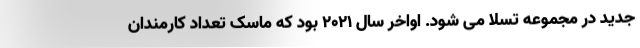
جدید در مجموعه تسلا می شود. اواخر سال 2021 بود که ماسک تعداد کارمندان